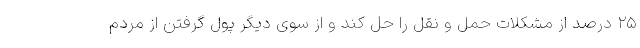
۲۵ درصد از مشکلات حمل و نقل را حل کند و از سوی دیگر پول گرفتن از مردم